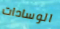
الوسادات